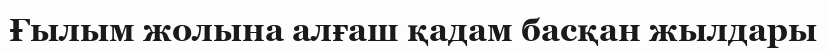
Ғылым жолына алғаш қадам басқан жылдары